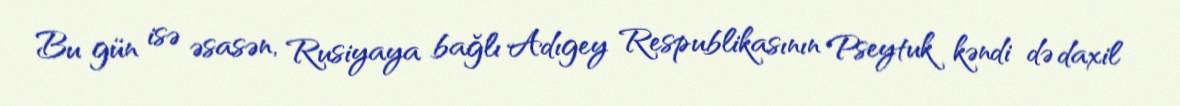
Bu gün isə əsasən, Rusiyaya bağlı Adıgey Respublikasının Pseytuk kəndi də daxil